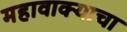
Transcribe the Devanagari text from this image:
महावाक्याचा